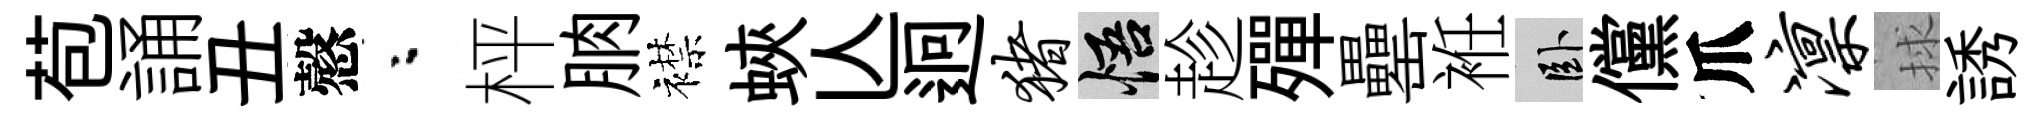
苞誦丑慤粉枰朒襟蛺亾迥猪悟趁殫罍袵卧儻爪凛捄誘